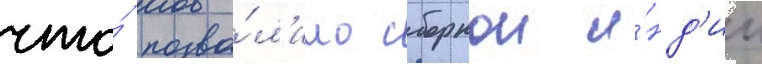
что́ позво́л'ило сборнои и́нд'ии